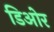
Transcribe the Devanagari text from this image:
डिओर